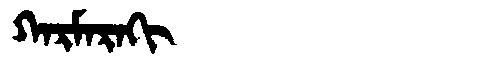
Manchu: ᡴᠠᡵᠮᠠᡵᠠᡴᡳ
Romanization: KARMARAKI